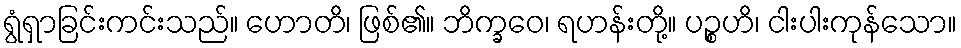
ရွံရှာခြင်းကင်းသည်။ ဟောတိ၊ ဖြစ်၏။ ဘိက္ခဝေ၊ ရဟန်းတို့။ ပဉ္စဟိ၊ ငါးပါးကုန်သော။